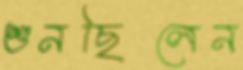
শুনছিলেন